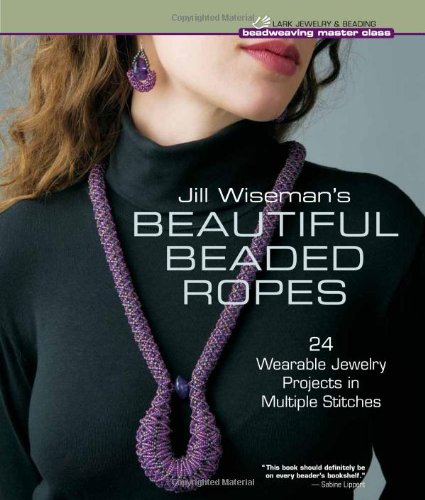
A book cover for Jill Wiseman's Beautiful Beaded Ropes: 24 Wearable Jewelry Projects in Multiple Stitches (Beadweaving Master Class Series); Jill Wiseman; Crafts, Hobbies & Home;